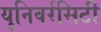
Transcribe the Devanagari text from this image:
युनिवर्रसिटी